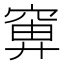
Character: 𬔍